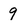
Character: 9